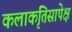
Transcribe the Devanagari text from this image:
कलाकृतिसापेक्ष